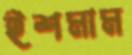
ইশমাম